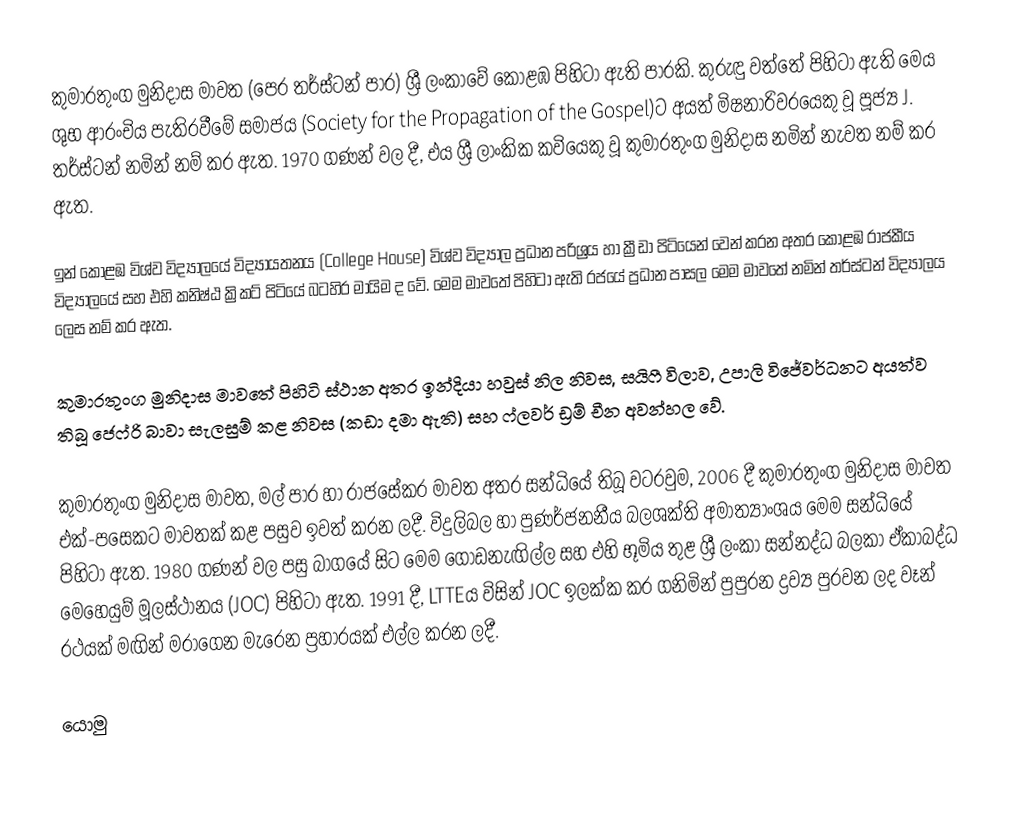
කුමාරතුංග මුනිදාස මාවත (පෙර තර්ස්ටන් පාර) ශ්‍රී ලංකාවේ කොළඹ පිහිටා ඇති පාරකි. කුරුඳු වත්තේ පිහිටා ඇති මෙය ශුභ ආරංචිය පැතිරවීමේ සමාජය (Society for the Propagation of the Gospel)ට අයත් මිෂනාරිවරයෙකු වූ පූජ්‍ය J. තර්ස්ටන් නමින් නම් කර ඇත. 1970 ගණන් වල දී, එය ශ්‍රී ලාංකික කවියෙකු වූ කුමාරතුංග මුනිදාස නමින් නැවත නම් කර ඇත.

ඉන් කොළඹ විශ්ව විද්‍යාලයේ විද්‍යායතනය (College House) විශ්ව විද්‍යාල ප්‍රධාන පරිශ්‍රය හා ක්‍රීඩා පිටියෙන් වෙන් කරන අතර කොළඹ රාජකීය විද්‍යාලයේ සහ එහි කනිෂ්ඨ ක්‍රිකට් පිටියේ බටහිර මායිම ද වේ. මෙම මාවතේ පිහිටා ඇති රජයේ ප්‍රධාන පාසල මෙම මාවතේ නමින් තර්ස්ටන් විද්‍යාලය ලෙස නම් කර ඇත.

කුමාරතුංග මුනිදාස මාවතේ පිහිටි ස්ථාන අතර ඉන්දියා හවුස් නිල නිවස, සයිෆී විලාව, උපාලි විජේවර්ධනට අයත්ව තිබූ ජෙෆ්රි බාවා සැලසුම් කළ නිවස (කඩා දමා ඇති) සහ ෆ්ලවර් ඩ්‍රම් චීන අවන්හල වේ.

කුමාරතුංග මුනිදාස මාවත, මල් පාර හා රාජසේකර මාවත අතර සන්ධියේ තිබූ වටරවුම, 2006 දී කුමාරතුංග මුනිදාස මාවත එක්-පසෙකට මාවතක් කළ පසුව ඉවත් කරන ලදී. විදුලිබල හා පුණර්ජනනීය බලශක්ති අමාත්‍යාංශය මෙම සන්ධියේ පිහිටා ඇත. 1980 ගණන් වල පසු බාගයේ සිට මෙම ගොඩනැඟිල්ල සහ එහි භූමිය තුළ ශ්‍රී ලංකා සන්නද්ධ බලකා ඒකාබද්ධ මෙහෙයුම් මූලස්ථානය (JOC) පිහිටා ඇත. 1991 දී, LTTEය විසින් JOC ඉලක්ක කර ගනිමින් පුපුරන ද්‍රව්‍ය පුරවන ලද වෑන් රථයක් මඟින් මරාගෙන මැරෙන  ප්‍රහාරයක් එල්ල කරන ලදී.

යොමු